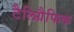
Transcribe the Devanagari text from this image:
टैलिग्रैफिक